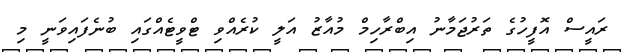
ރައީސް އޮފީހުގެ ތަރުޖަމާނު އިބްރާހިމް މުއާޒު އަލީ ކުރެއްވި ޓްވީޓެއްގައި ބުނެފައިވަނީ މި